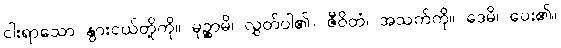
ငါးရာသော နွားငယ်တို့ကို။ မုဉ္စာမိ၊ လွှတ်ပါ၏။ ဇီဝိတံ၊ အသက်ကို။ ဒေမိ၊ ပေး၏။